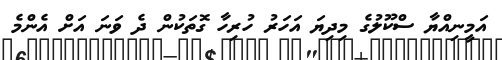
އަމީނިއްޔާ ސްކޫލުގެ މިދިޔަ އަހަރު ހުރިހާ ގޮތަކުން ދެ ވަނަ އަށް އެންމެ